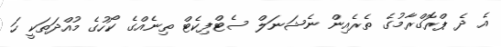
އެ ދެ ޕްރޮގްރާމުގެ ތެރެއިން ނެޝަނަލް ސެޓްފިކެޓް ތިނެއްގެ ކޯހުގެ މުއްދަތަކީ ހަ